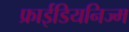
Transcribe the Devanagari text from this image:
फ्राईडियनिज्म